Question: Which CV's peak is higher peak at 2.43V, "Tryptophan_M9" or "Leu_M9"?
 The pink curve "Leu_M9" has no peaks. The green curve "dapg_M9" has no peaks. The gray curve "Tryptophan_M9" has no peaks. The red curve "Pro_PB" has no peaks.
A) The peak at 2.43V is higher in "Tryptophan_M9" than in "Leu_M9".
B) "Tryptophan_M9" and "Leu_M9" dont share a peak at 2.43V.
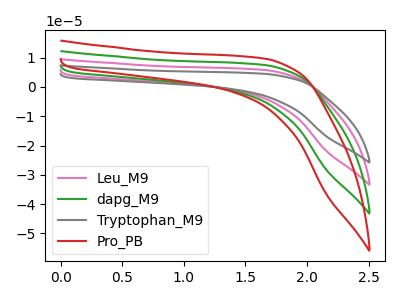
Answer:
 <answer>B) "Tryptophan_M9" and "Leu_M9" dont share a peak at 2.43V.</answer>
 <eval>B</eval>